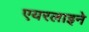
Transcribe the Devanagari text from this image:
एयरलाइने